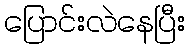
ပြောင်းလဲနေပြီး